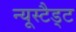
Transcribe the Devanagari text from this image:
न्यूस्टैड्ट